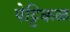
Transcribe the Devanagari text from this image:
पेट्टिकळ